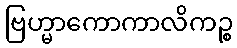
ဗြဟ္မာကောကာလိကဉ္စ